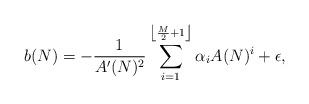
LaTeX: \begin{align*}b(N) &= -\frac{1}{A'(N)^2}\sum_{i=1}^{\left\lfloor\frac{M}{2}+1\right\rfloor}\alpha_{i}A(N)^i+\epsilon,\end{align*}